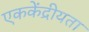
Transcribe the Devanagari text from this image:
एककेंद्रीयता